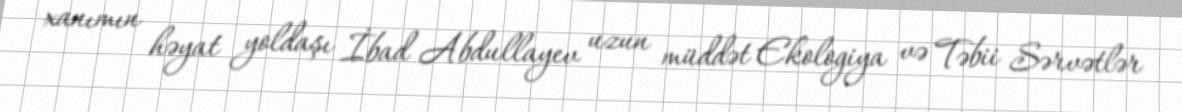
xanımın həyat yoldaşı İbad Abdullayev uzun müddət Ekologiya və Təbii Sərvətlər